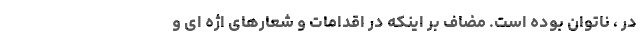
در ، ناتوان بوده است. مضاف بر اینکه در اقدامات و شعارهای اژه ای و